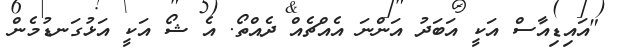
"އައިޑިއާސް އަކީ އަބަދު އަންނަ އެއްޗެއް ދެއްތޯ. އެ ޝޯ އަކީ އަޅުގަނޑުމެން